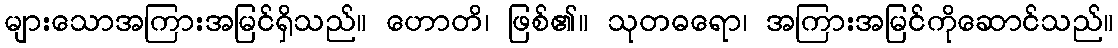
များသောအကြားအမြင်ရှိသည်။ ဟောတိ၊ ဖြစ်၏။ သုတဓရော၊ အကြားအမြင်ကိုဆောင်သည်။